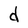
Character: d